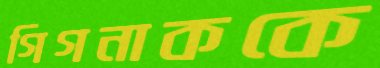
গিগনাককে